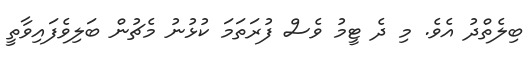
ބިލެތްދު އެވެ. މި ދެ ޓީމު ވެސް ފުރަތަމަ ކުޅުނު މެޗުން ބަލިވެފައިވާތީ